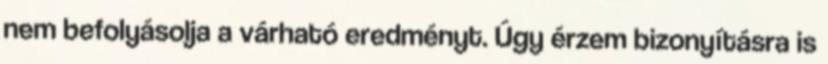
nem befolyásolja a várható eredményt. Úgy érzem bizonyításra is